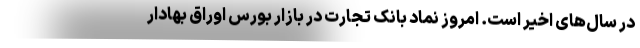
در سال‌های اخیر است. امروز نماد بانک تجارت در بازار بورس اوراق بهادار